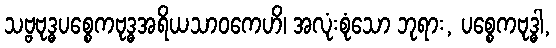
သဗ္ဗဗုဒ္ဓပစ္စေကဗုဒ္ဓအရိယသာဝကေဟိ၊ အလုံးစုံသော ဘုရား, ပစ္စေကဗုဒ္ဓါ,